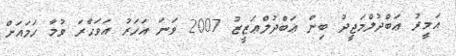
އަމީރު ޢަބްދުލްމަޖީދު ބިން ޢަބްދުލްޢަޒީޒު 2007 ވަނަ އަހަރު އަވަހާރަ ވުމާ ހަމައަށް